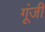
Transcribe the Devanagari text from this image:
गूंजी